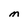
Character: M